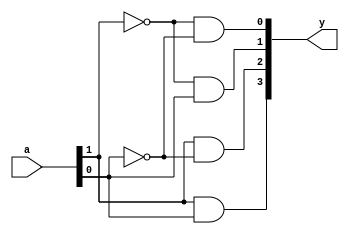
module decoder(input [1:0]a,
output [3:0]y);

 assign y[0] = (a[1] ==0 && a[0] == 0);
 assign y[1] = (a[1] ==0 && a[0] == 1);
 assign y[2] = (a[1] ==1 && a[0] == 0);
 assign y[3] = (a[1] ==1 && a[0] == 1);
 
endmodule

// = assignment operator
//== logical equality operator
/* a == b
it can return 3 possible values 0,1,x
 whether a is equal to b 
 true : 1  : both the bit values of a and b are equal
 false : 0
 a=4'b1010
 b=4'b101x
 if any is bit is x in any input output will be always x.
 
 */
 
 
 
/*a1 a0 y3y2y1y0
0 0   0001 
0 1   0010
1 0   0100
1 1   1000*/